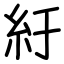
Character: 紆